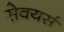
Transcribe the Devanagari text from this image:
सेवयर्स